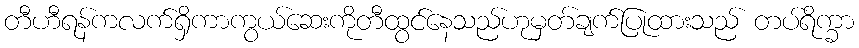
တီဟီရန်ကလက်ရှိကာကွယ်ဆေးကိုတီထွင်နေသည်ဟုမှတ်ချက်ပြုထားသည် တပ်ရိက္ခာ